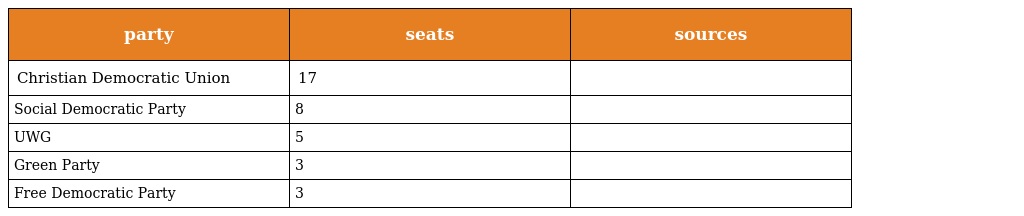
| party | seats | sources |
 | --- | --- | --- |
 | Christian Democratic Union | 17 |  |
 | Social Democratic Party | 8 |  |
 | UWG | 5 |  |
 | Green Party | 3 |  |
 | Free Democratic Party | 3 |  |